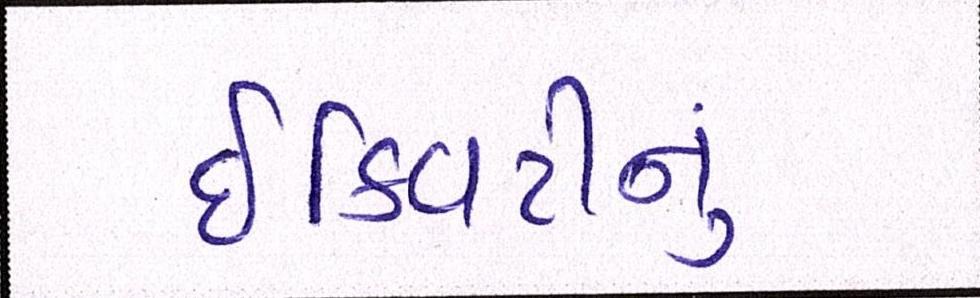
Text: ઈક્વિટીનું